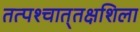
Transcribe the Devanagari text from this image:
तत्पश्‍चात्‌तक्षशिला